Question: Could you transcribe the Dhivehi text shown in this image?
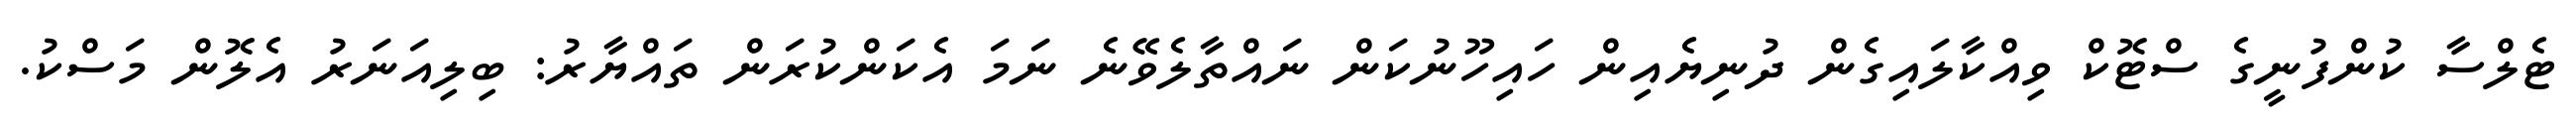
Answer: ޓެލްސާ ކުންފުނީގެ ސްޓޮކް ވިއްކާލައިގެން ދުނިޔެއިން ހައިހޫނުކަން ނައްތާލެވޭނެ ނަމަ އެކަންކުރަން ތައްޔާރު: ބިލިއަނަރު އެލޮން މަސްކު.